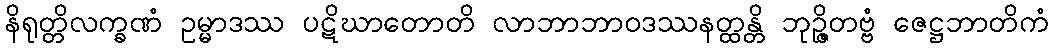
နိရုတ္တိလက္ခဏံ ဥမ္မာဒဿ ပဋိဃာတောတိ လာဘာဘာဝဒဿနတ္ထန္တိ ဘုဉ္ဇိတဗ္ဗံ ဇေဋ္ဌဘာတိကံ